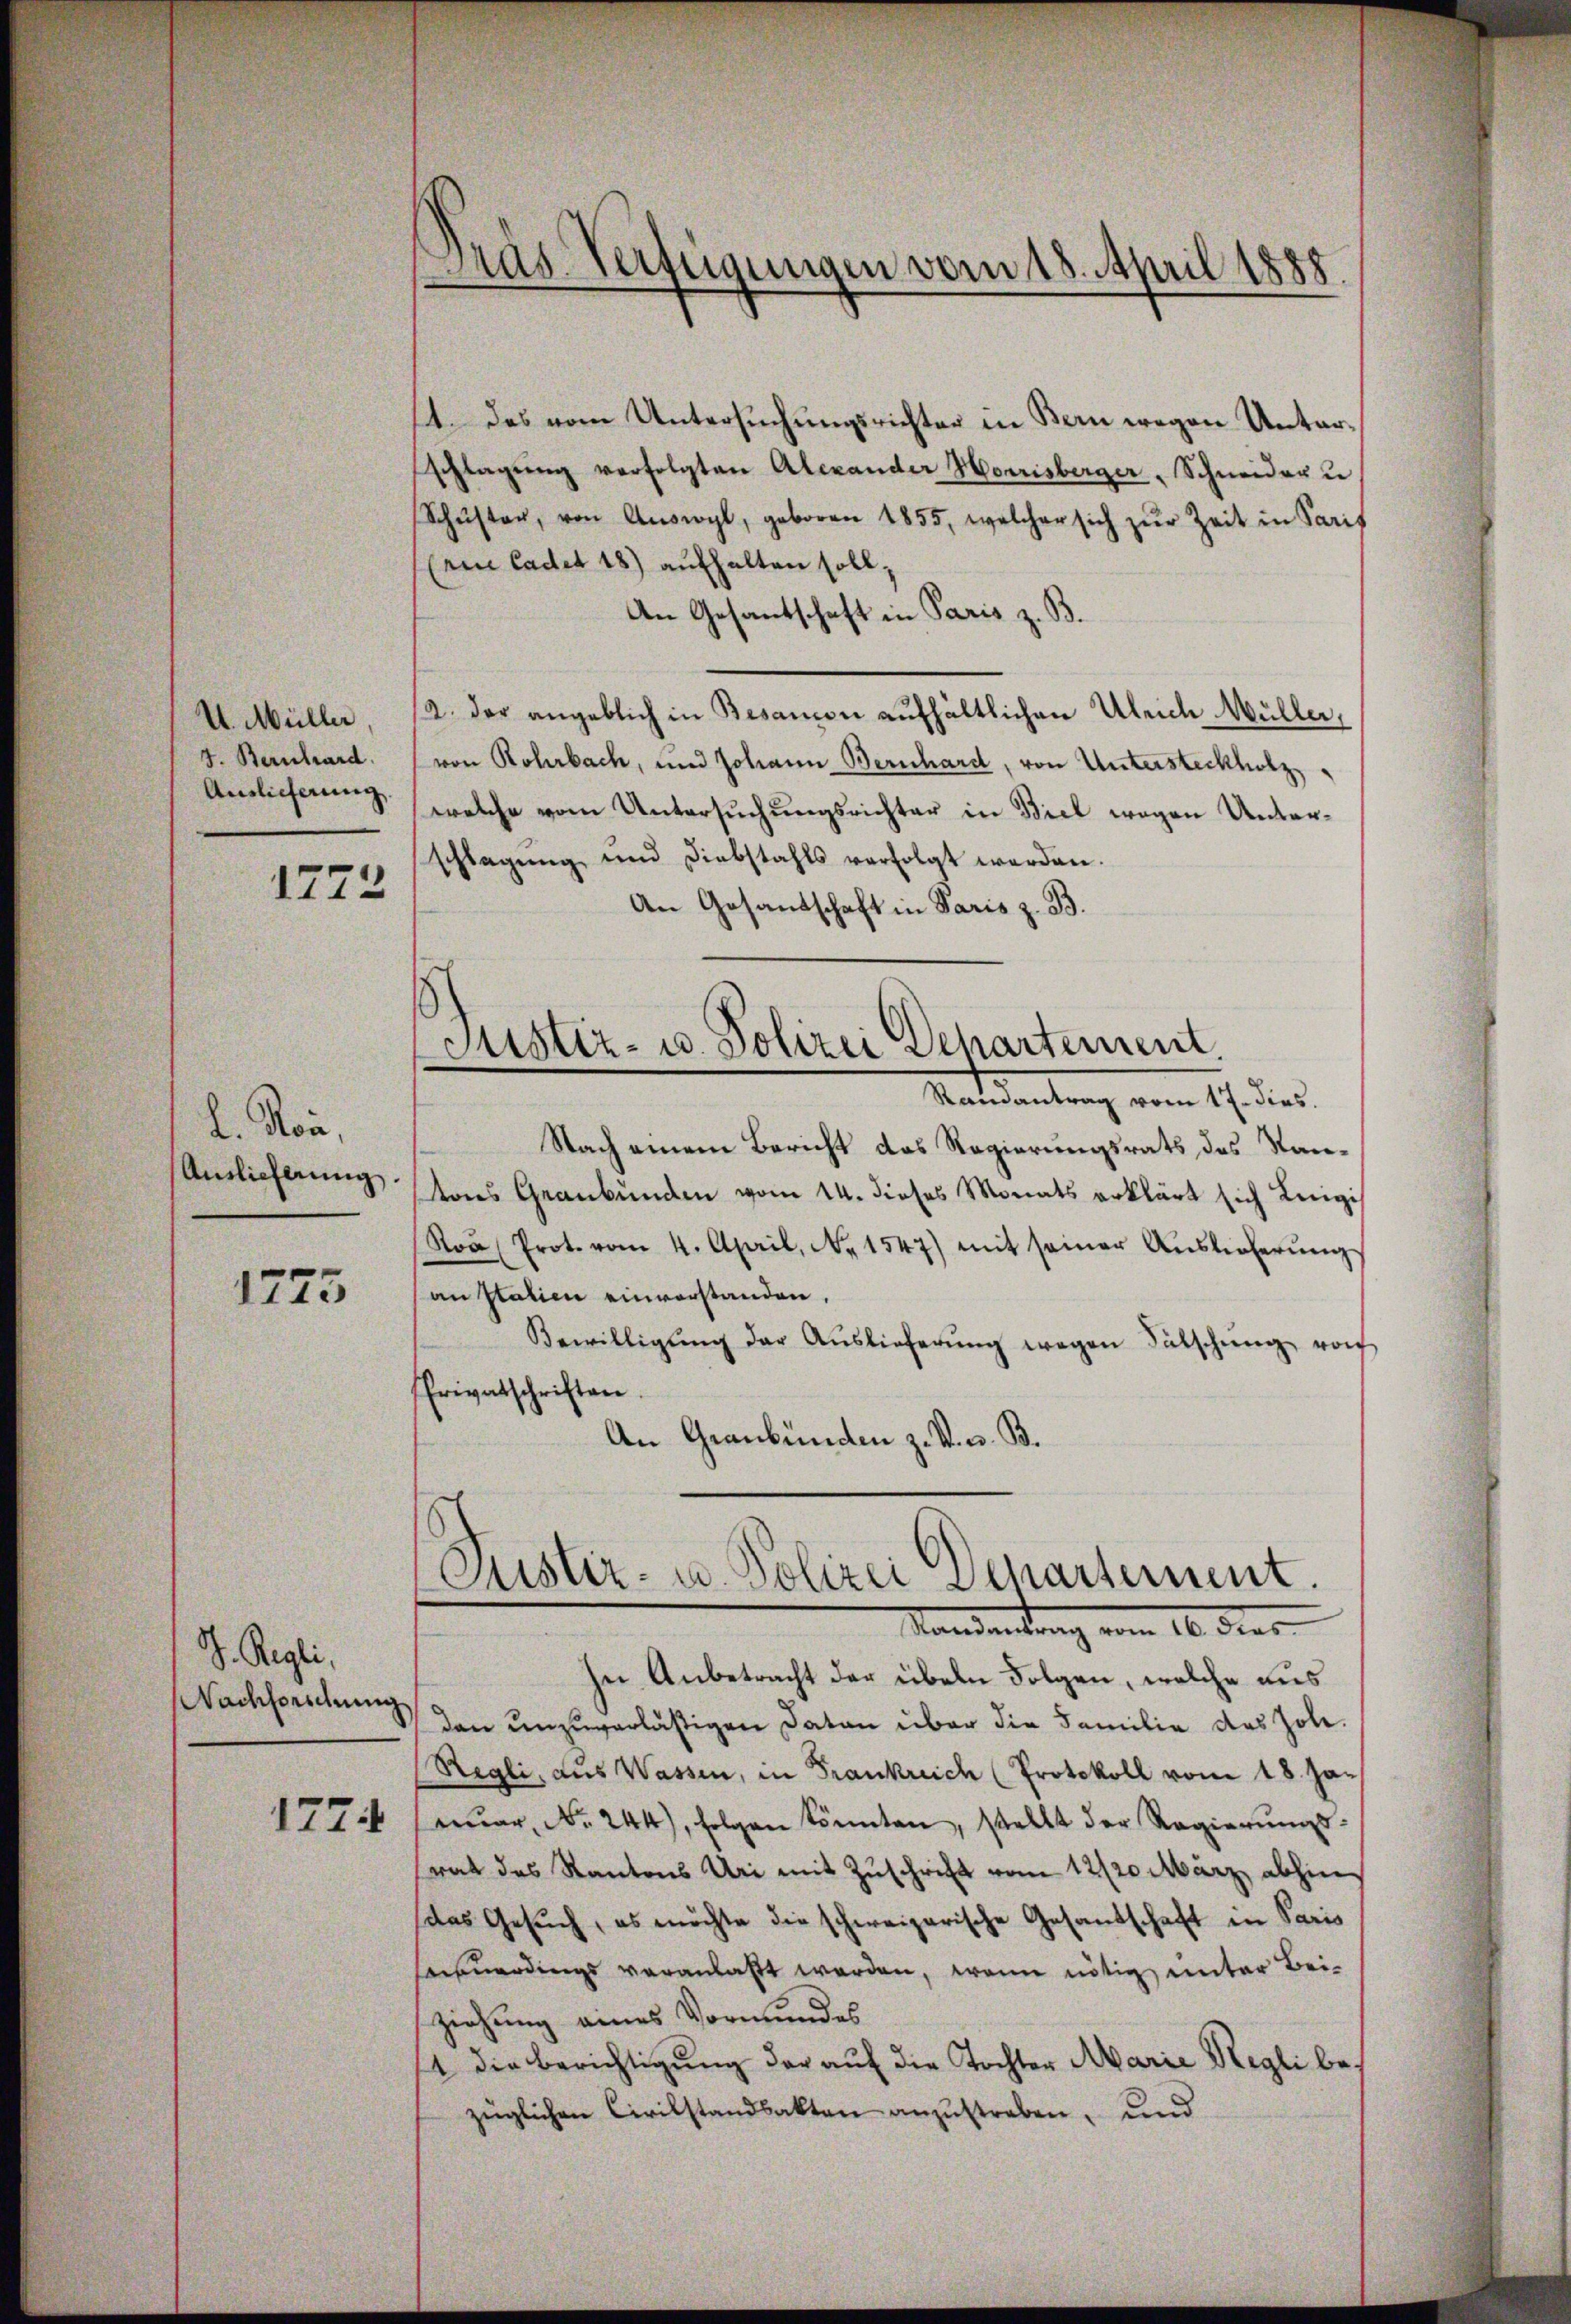
U. Müller
J. Bernhard
Auslieferung
1772

l. Non,
Auslieferung.

1775

V. Regli
Nachforschung
1774

Präs. Verfügungen vom 18. April 1888

14. Das vom Untersuchungsrichter in Bern wegen Unterschlagŭng verfolgten Alexander Horrisberger, Schneider u
Schŭster, von Aŭswyl, geboren 1855, welcher sich zŭr Zeit in Paris
(ein Cadet 18) aufhalten soll,
An Gesantschaft in Paris z. B.
12. der angeblich in Besanon aufhältlichen Ulrich Müller,
von Rohrbach, und Johann Bernhard, von Untersteckholz
welche vom Untersuchungsrichter in Biel wegen Unterschlagung und Diebstahls verfolgt werden.
An Gesandtschaft in Paris z. B.

Justiz- u. Polizei Departement.
Ramantrag vom 17. dies.

Nach einem Bericht das Regierungsrats des Stantons Graubünden vom 14. dieses Monats erklärt sich Luigis
Roa (Prot. vom 4. April, No. 1547) mit seiner Aŭslieferŭng
an statien einverstanden,
Bewilligŭng der Aŭslieferŭng wegen Fälschŭng vorh
frivatschriften.
An Graubünden z. V. s. B.

Justiz- u. Polizei Departement.
Mandantung vom 10. der

In Anbetracht der übeln Folgen, welche aus
den unzuverläßigen Daten über die Familie des Zol¬
Regli, aus Wassen, in Frankreich (Protokoll vom 18. Ja-
nŭar No. 244), folgen könnten, stellt der Regierŭngs-
srat des Kantons Uri mit Zŭschrift vom 12/20. März abhin
das Gesŭch, es möchte die schweizerische Gesandschaft in Paris
ereuerdings veranlaßt werden, wenn nötig unter Bei-
ziehung eines Vormundes
1 die Berichtigung der auf die Tochter Marie Regli bezüglichen Civilstandsakten anzustreben, und